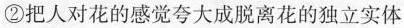
②把人对花的感觉夸大成脱离花的独立实体